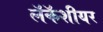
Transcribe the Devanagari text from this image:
लॅकॅशीयर